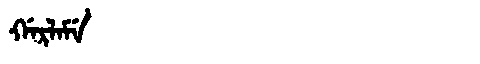
Manchu: ᡤᠠᡵᠯᠠᠮᡝ
Romanization: GARLAME